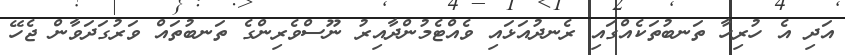
އަދި އެ ހުރިހާ ތަނބުތަކެއްގައި ރެނދުއަޅައި ވެއްޓެމުންދާއިރު ނޫސްވެރިންގެ ތަނބުތައް ވަރުގަދަވާން ޖެހޭ